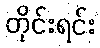
တိုင်းရင်း